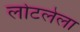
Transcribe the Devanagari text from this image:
लोटलेला